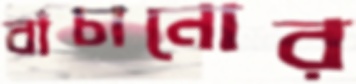
বাঁচানোর